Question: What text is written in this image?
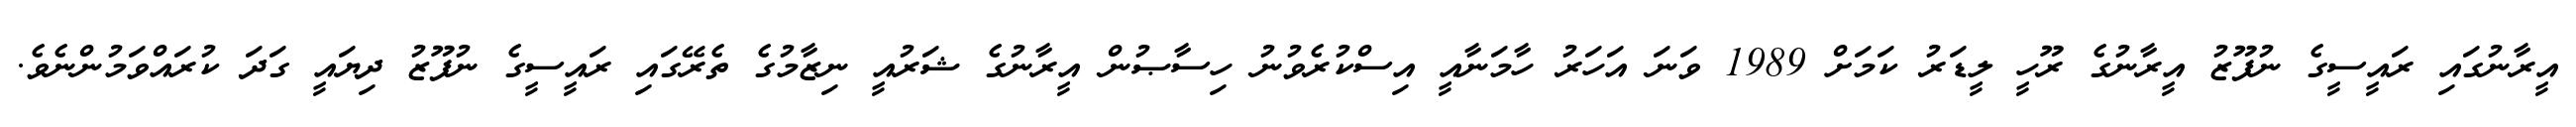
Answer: އީރާނުގައި ރައީސީގެ ނުފޫޒު އީރާނުގެ ރޫހީ ލީޑަރު ކަމަށް 1989 ވަނަ އަހަރު ހާމަނާއީ އިސްކުރެވުނު ހިސާޞުން އީރާނުގެ ޝަރުއީ ނިޒާމުގެ ތެރޭގައި ރައީސީގެ ނުފޫޒު ދިޔައީ ގަދަ ކުރައްވަމުންނެވެ.